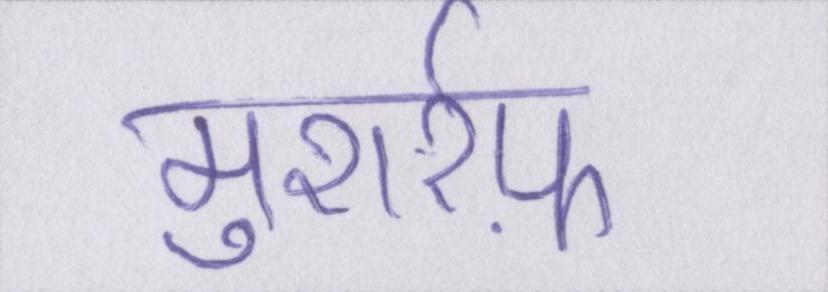
मुशर्रफ़